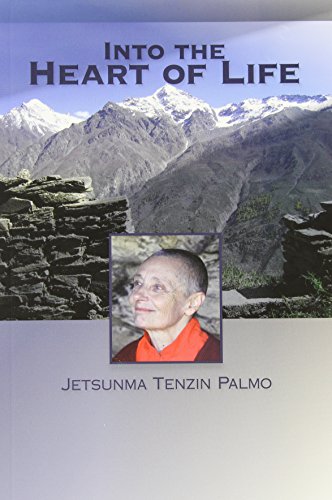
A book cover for Into The Heart Of Life; Jetsunma Tenzin Palmo; Religion & Spirituality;